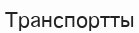
Транспортты